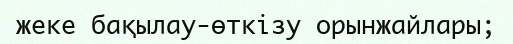
жеке бақылау-өткізу орынжайлары;